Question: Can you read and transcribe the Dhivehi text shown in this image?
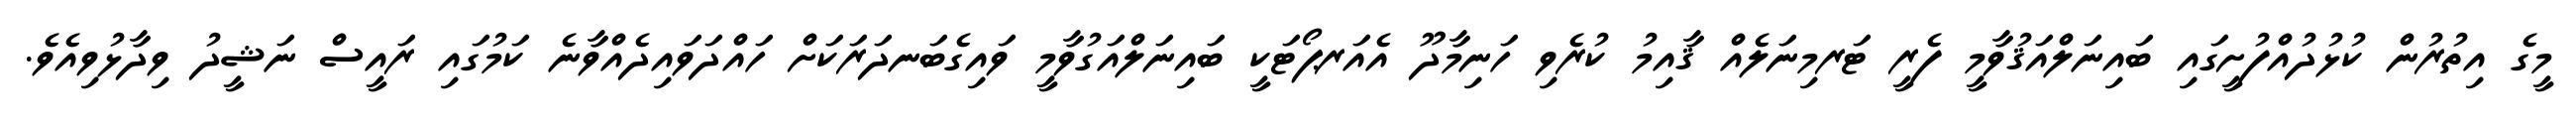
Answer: މީގެ އިތުރުން ކުޅުދުއްފުށީގައި ބައިނަލްއަޤުވާމީ ފެރީ ޓަރމިނަލެއް ޤާއިމު ކުރެވި ހަނިމާދޫ އެއަރޕޯޓަކީ ބައިނަލްއަގުވާމީ ވައިގެބަނދަރަކަށް ހައްދަވައިދެއްވާނެ ކަމުގައި ރައީސް ނަޝީދު ވިދާޅުވިއެވެ.